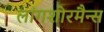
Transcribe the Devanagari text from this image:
लांगशोरमैन्स